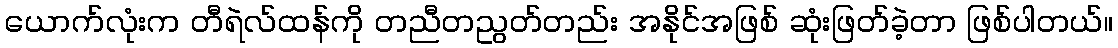
ယောက်လုံးက တီရဲလ်ထန်ကို တညီတညွတ်တည်း အနိုင်အဖြစ် ဆုံးဖြတ်ခဲ့တာ ဖြစ်ပါတယ်။